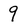
Character: 9